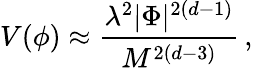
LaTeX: V(\phi)\approx\frac{\lambda^{2}|\Phi|^{2(d-1)}}{M^{2(d-3)}}\, ,